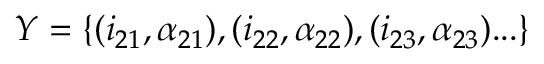
Y = \{ ( i _ { 2 1 } , \alpha _ { 2 1 } ) , ( i _ { 2 2 } , \alpha _ { 2 2 } ) , ( i _ { 2 3 } , \alpha _ { 2 3 } ) . . . \}